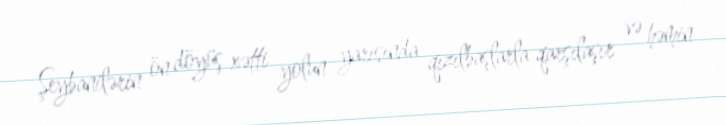
Şeybanilərin ön döyüş xətti yolun yarısında qızılbaşlarla qarşılaşır və həmin